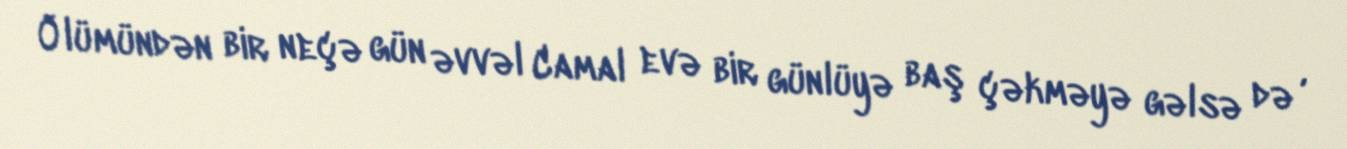
Ölümündən bir neçə gün əvvəl Camal evə bir günlüyə baş çəkməyə gəlsə də ,